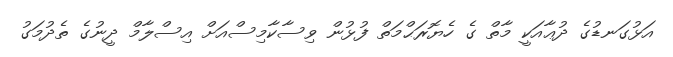
އަޅުގަނޑުގެ ދުޢާއަކީ މާތްް ގެ ހެޔޮރަޙްމަތް ފުޅުން ވިސާކާމިސްއަށް އިސްލާމް ދީނުގެ ތެދުމަގު